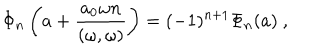
LaTeX: \Phi _ { n } \left( a + \frac { a _ { 0 } \omega n } { ( \omega , \omega ) } \right) = ( - 1 ) ^ { n + 1 } \Phi _ { n } ( a ) \ ,